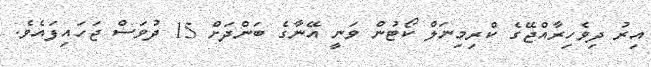
އިރު ދިވެހިރާއްޖޭގެ ކްރިމިނަލް ކޯޓުން ވަނީ އޭނާގެ ބަންދަށް 15 ދުވަސް ޖަހައިފައެވެ.